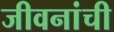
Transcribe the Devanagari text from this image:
जीवनांची